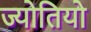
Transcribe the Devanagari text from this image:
ज्योतियो